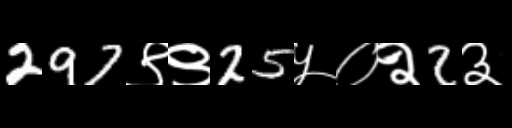
Text: 297९९25५०२2३